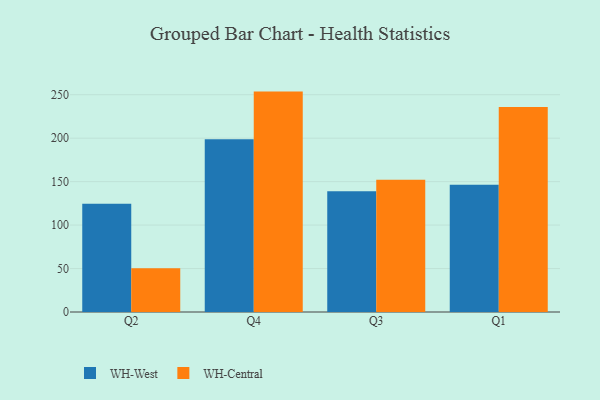
{"axis": {"x": "Quarter", "y": "Shipments"}, "legend": ["WH-Central", "WH-West"], "data": [{"x": "Q2", "y": 124.6, "type": "WH-West"}, {"x": "Q2", "y": 50.2, "type": "WH-Central"}, {"x": "Q4", "y": 198.8, "type": "WH-West"}, {"x": "Q4", "y": 253.6, "type": "WH-Central"}, {"x": "Q3", "y": 138.9, "type": "WH-West"}, {"x": "Q3", "y": 152.2, "type": "WH-Central"}, {"x": "Q1", "y": 146.4, "type": "WH-West"}, {"x": "Q1", "y": 235.9, "type": "WH-Central"}]}